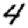
Digit: 4